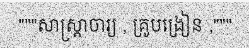
"""សាស្ត្រាចារ្យ , គ្រូបង្រៀន ,"""